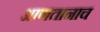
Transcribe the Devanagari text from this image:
आणतानाच